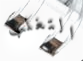
التغلب